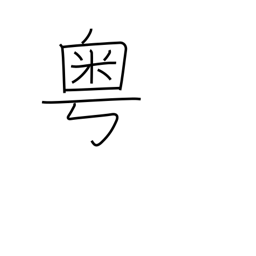
Meaning: alas